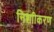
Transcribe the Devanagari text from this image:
निशाीकरण